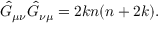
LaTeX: \hat { G } _ { \mu \nu } \hat { G } _ { \nu \mu } = 2 k n ( n + 2 k ) .